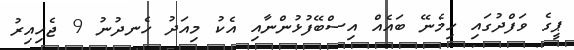
ޕީގެ ވަފްދުގައި ހިމެނޭ ބައެއް އިސްބޭފުޅުންނާއި އެކު މިއަދު ހެނދުނު 9 ޖެހިއިރު